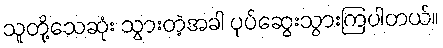
သူတို့သေဆုံး သွားတဲ့အခါ ပုပ်ဆွေးသွားကြပါတယ်။